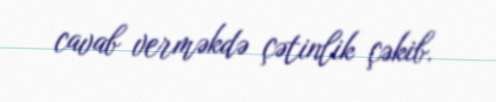
cavab verməkdə çətinlik çəkib.